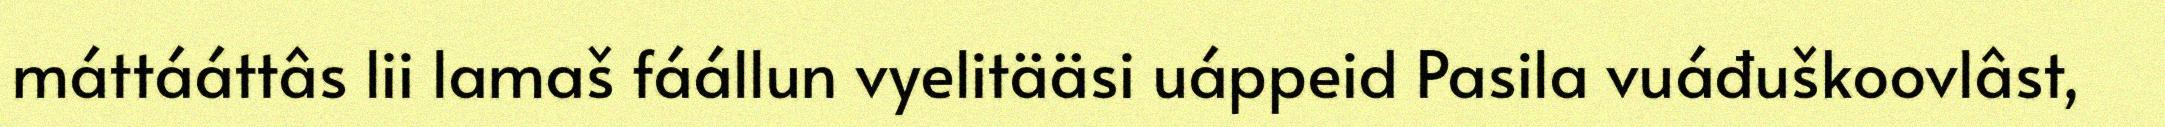
máttááttâs lii lamaš fáállun vyelitääsi uáppeid Pasila vuáđuškoovlâst,